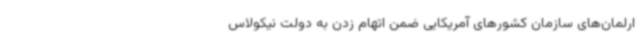
ارلمان‌های سازمان کشورهای آمریکایی ضمن اتهام زدن به دولت نیکولاس